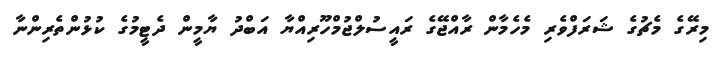
މިރޭގެ މެޗުގެ ޝަރަފްވެރި މެހެމާން ރާއްޖޭގެ ރައީސުލްޖުމްހޫރިއްޔާ އަބްދު ޔާމީން ދެޓީމުގެ ކުޅުންތެރިންނާ